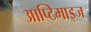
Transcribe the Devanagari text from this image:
आप्टिमाइज